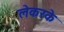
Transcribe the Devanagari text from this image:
लेकरके